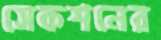
সেকশনের